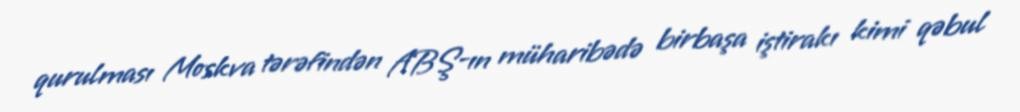
qurulması Moskva tərəfindən ABŞ-ın müharibədə birbaşa iştirakı kimi qəbul